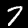
Label: 7